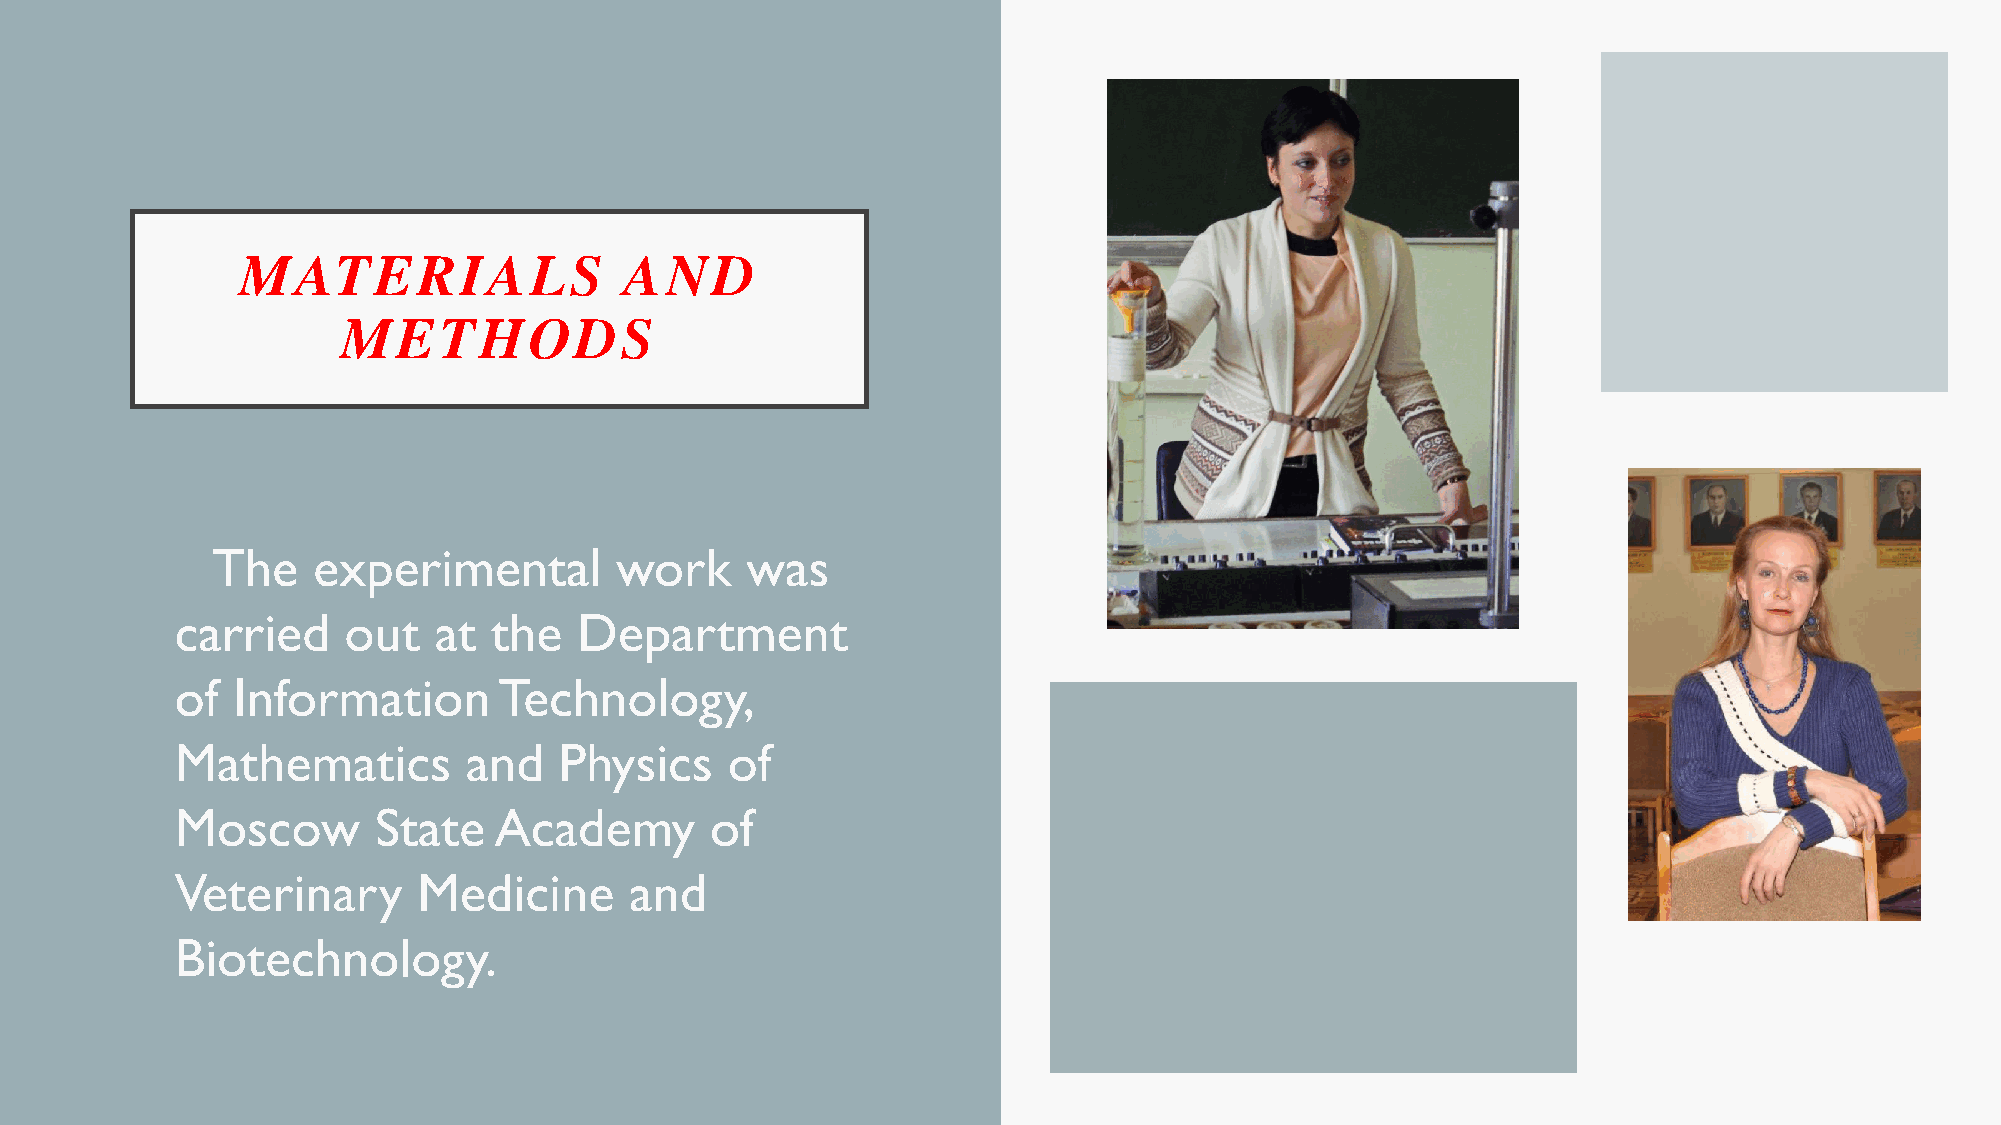
MATERIALS                AND
 METHODS
 • The    experimental        work    was
 carried    out   at the   Department
 of Information       Technology,
 Mathematics        and   Physics    of
 Moscow       State   Academy       of
 Veterinary      Medicine      and
 Biotechnology.